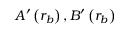
A ^ { \prime } \left( r _ { b } \right) , B ^ { \prime } \left( r _ { b } \right)